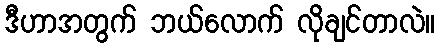
ဒီဟာအတွက် ဘယ်လောက် လိုချင်တာလဲ။